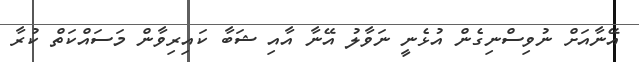
އޭނާއަށް ނުވިސްނިގެން އުޅެނީ ނަވާލު އޭނާ އާއި ޝަބާ ކައިރިވާން މަސައްކަތް ކުރާ